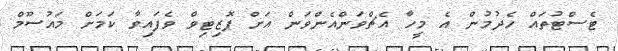
ޓެސްޓުތައް ހެދުމުން އެ މީހާ އެޗްވަންއެންވަން އަށް ޕޮޒިޓިވް ވެފައިވާ ކަމަށް މައުސޫމް